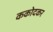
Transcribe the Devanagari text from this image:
ककोदकर